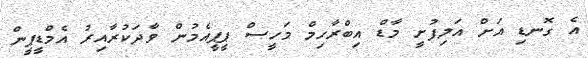
އެ ގޮނޑި އަށް އަލިފުށީ މާޑް އިބްރާހިމް މަހީސް ޕީޕީއެމުން ވާދަކުރާއިރު އެމްޑީޕީން